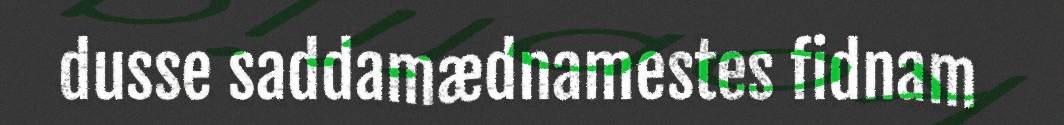
dusse saddamædnamestes fidnam